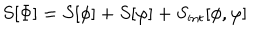
LaTeX: S [ \Phi ] = S [ \phi ] + S [ \varphi ] + S _ { \mathrm { i n t } } [ \phi , \varphi ]